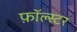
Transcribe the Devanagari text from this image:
फ़ॉल्स्टर